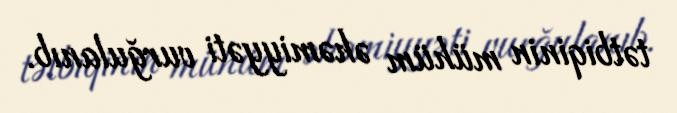
tətbiqinin mühüm əhəmiyyəti vurğulanıb.